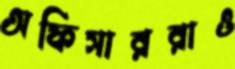
অফিসাররাও